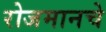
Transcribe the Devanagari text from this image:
रोजमानचे